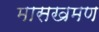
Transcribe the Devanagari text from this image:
मासखमण